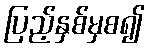
ပြည့်နှစ်မှစ၍